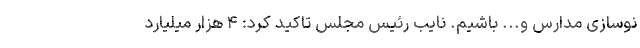
نوسازی مدارس و... باشیم. نایب رئیس مجلس تاکید کرد: ۴ هزار میلیارد